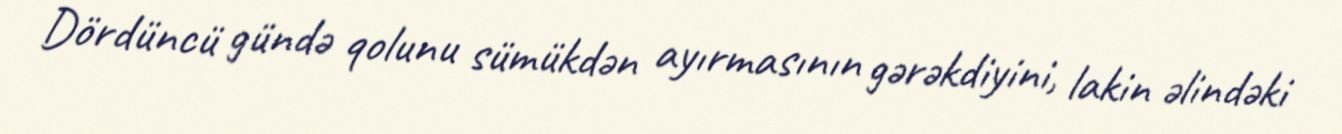
Dördüncü gündə qolunu sümükdən ayırmasının gərəkdiyini, lakin əlindəki